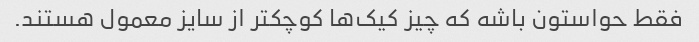
فقط حواستون باشه که چیز کیک‌ها کوچکتر از سایز معمول هستند.